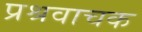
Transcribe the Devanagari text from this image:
प्रश्रवाचक